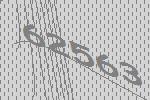
62563